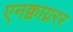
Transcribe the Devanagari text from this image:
एनक्वाय्ररर